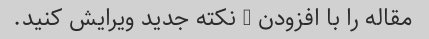
مقاله را با افزودن 3 نکته جدید ویرایش کنید.